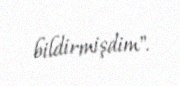
bildirmişdim".